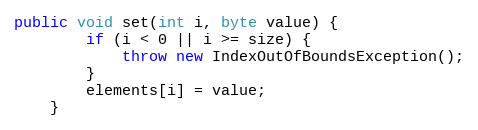
Language: Java
public void set(int i, byte value) {
        if (i < 0 || i >= size) {
            throw new IndexOutOfBoundsException();
        }
        elements[i] = value;
    }